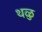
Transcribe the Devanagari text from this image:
थळु